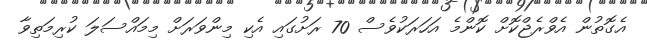
އެގޮތުން އެވްރެޖްކޮށް ކޮންމެ އަހަރަކުވެސް 70 ރަށުގައި އެކި މިންވަރަށް މިމައްސަލަ ކުރިމަތިވާ